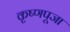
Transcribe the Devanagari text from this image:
कृष्‍णपूजा